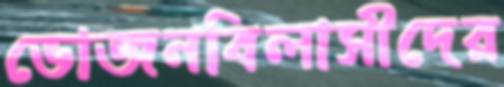
ভোজনবিলাসীদের